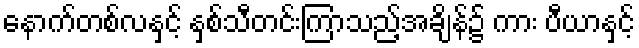
နောက်တစ်လနှင့် နှစ်သီတင်းကြာသည့်အချိန်၌ ကား ပီယာနှင့်